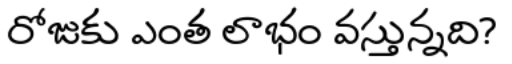
రోజుకు ఎంత లాభం వస్తున్నది?